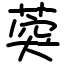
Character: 葖